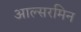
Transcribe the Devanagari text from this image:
आल्सरमिन